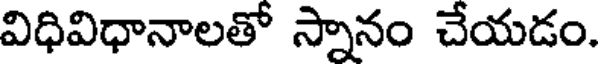
విధివిధానాలతో స్నానం చేయడం.